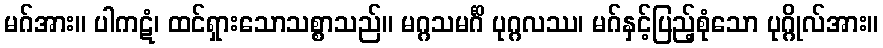
မဂ်အား။ ပါကဋံ၊ ထင်ရှားသောသစ္စာသည်။ မဂ္ဂသမင်္ဂိ ပုဂ္ဂလဿ၊ မဂ်နှင့်ပြည့်စုံသော ပုဂ္ဂိုလ်အား။